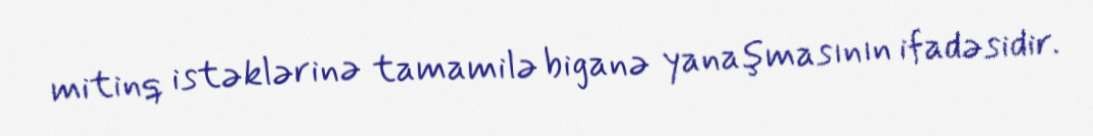
mitinq istəklərinə tamamilə biganə yanaşmasının ifadəsidir.